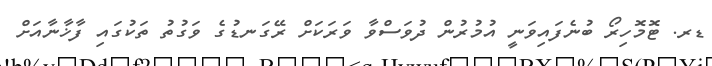
ޑރ. ޓޮމޮހިރޯ ބުނެފައިވަނީ އުމުރުން ދުވަސްވާ ވަރަކަށް ރޭގަނޑުގެ ވަގުތު ތަކުގައި ފާޚާނާއަށް